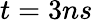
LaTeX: t=3ns